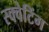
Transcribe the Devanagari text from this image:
स्क्वेटिंग